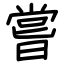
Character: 嘗